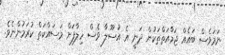
ނަމަވެސް ބައެއް ޖަމާއަތްތަކުން ދަނީ އެ އުސޫލާ ވެސް ހިލާފަށް މަސައްކަތް ކުރަމުންނެވެ.